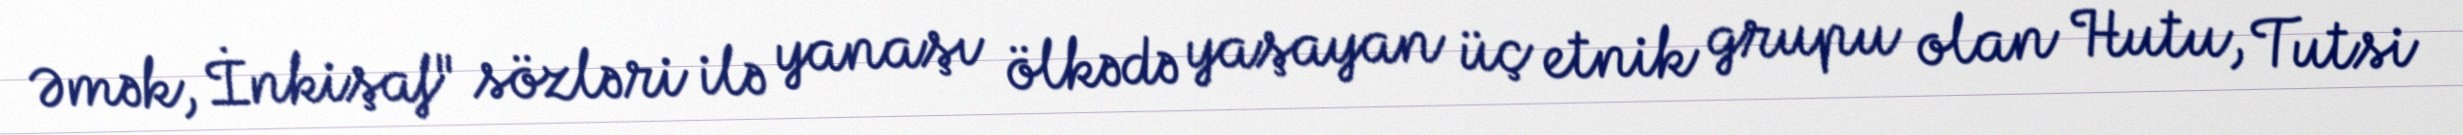
Əmək, İnkişaf" sözləri ilə yanaşı ölkədə yaşayan üç etnik grupu olan Hutu, Tutsi